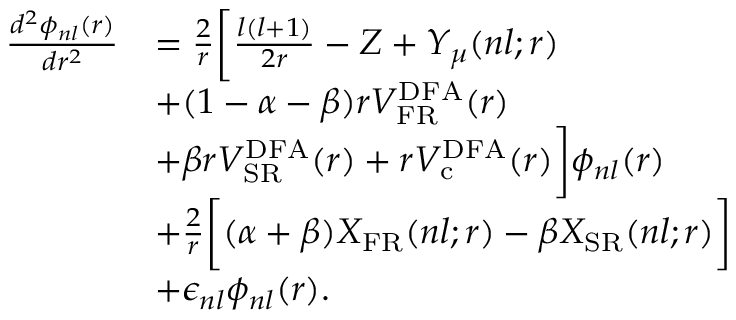
\begin{array} { r l } { \frac { d ^ { 2 } \phi _ { n l } ( r ) } { d r ^ { 2 } } } & { = \frac { 2 } { r } \bigg [ \frac { l ( l + 1 ) } { 2 r } - Z + Y _ { \mu } ( n l ; r ) } \\ & { + ( 1 - \alpha - \beta ) r V _ { \mathrm { F R } } ^ { \mathrm { { D F A } } } ( r ) } \\ & { + \beta r V _ { \mathrm { S R } } ^ { \mathrm { D F A } } ( r ) + r V _ { \mathrm { c } } ^ { \mathrm { D F A } } ( r ) \bigg ] \phi _ { n l } ( r ) } \\ & { + \frac { 2 } { r } \bigg [ ( \alpha + \beta ) X _ { \mathrm { { F R } } } ( n l ; r ) - \beta X _ { \mathrm { S R } } ( n l ; r ) \bigg ] } \\ & { + \epsilon _ { n l } \phi _ { n l } ( r ) . } \end{array}